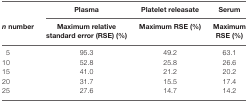
<table><thead><tr><td></td><td><b>Plasma</b></td><td><b>Platelet releasate</b></td><td><b>Serum</b></td></tr><tr><td><b><i>n</i> number</b></td><td><b>Maximum relative standard error (RSE) (%)</b></td><td><b>Maximum RSE (%)</b></td><td><b>Maximum RSE (%)</b></td></tr></thead><tbody><tr><td>5</td><td>95.3</td><td>49.2</td><td>63.1</td></tr><tr><td>10</td><td>52.8</td><td>25.8</td><td>26.6</td></tr><tr><td>15</td><td>41.0</td><td>21.2</td><td>20.2</td></tr><tr><td>20</td><td>31.7</td><td>15.5</td><td>17.4</td></tr><tr><td>25</td><td>27.6</td><td>14.7</td><td>14.2</td></tr></tbody></table>